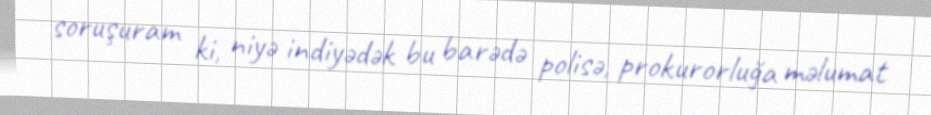
soruşuram ki, niyə indiyədək bu barədə polisə, prokurorluğa məlumat